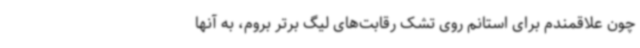
چون علاقمندم برای استانم روی تشک رقابت‌های لیگ برتر بروم، به آنها